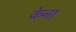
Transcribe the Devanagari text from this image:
क्रेना